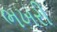
ભખરી